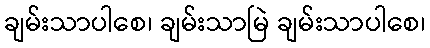
ချမ်းသာပါစေ၊ ချမ်းသာမြဲ ချမ်းသာပါစေ၊